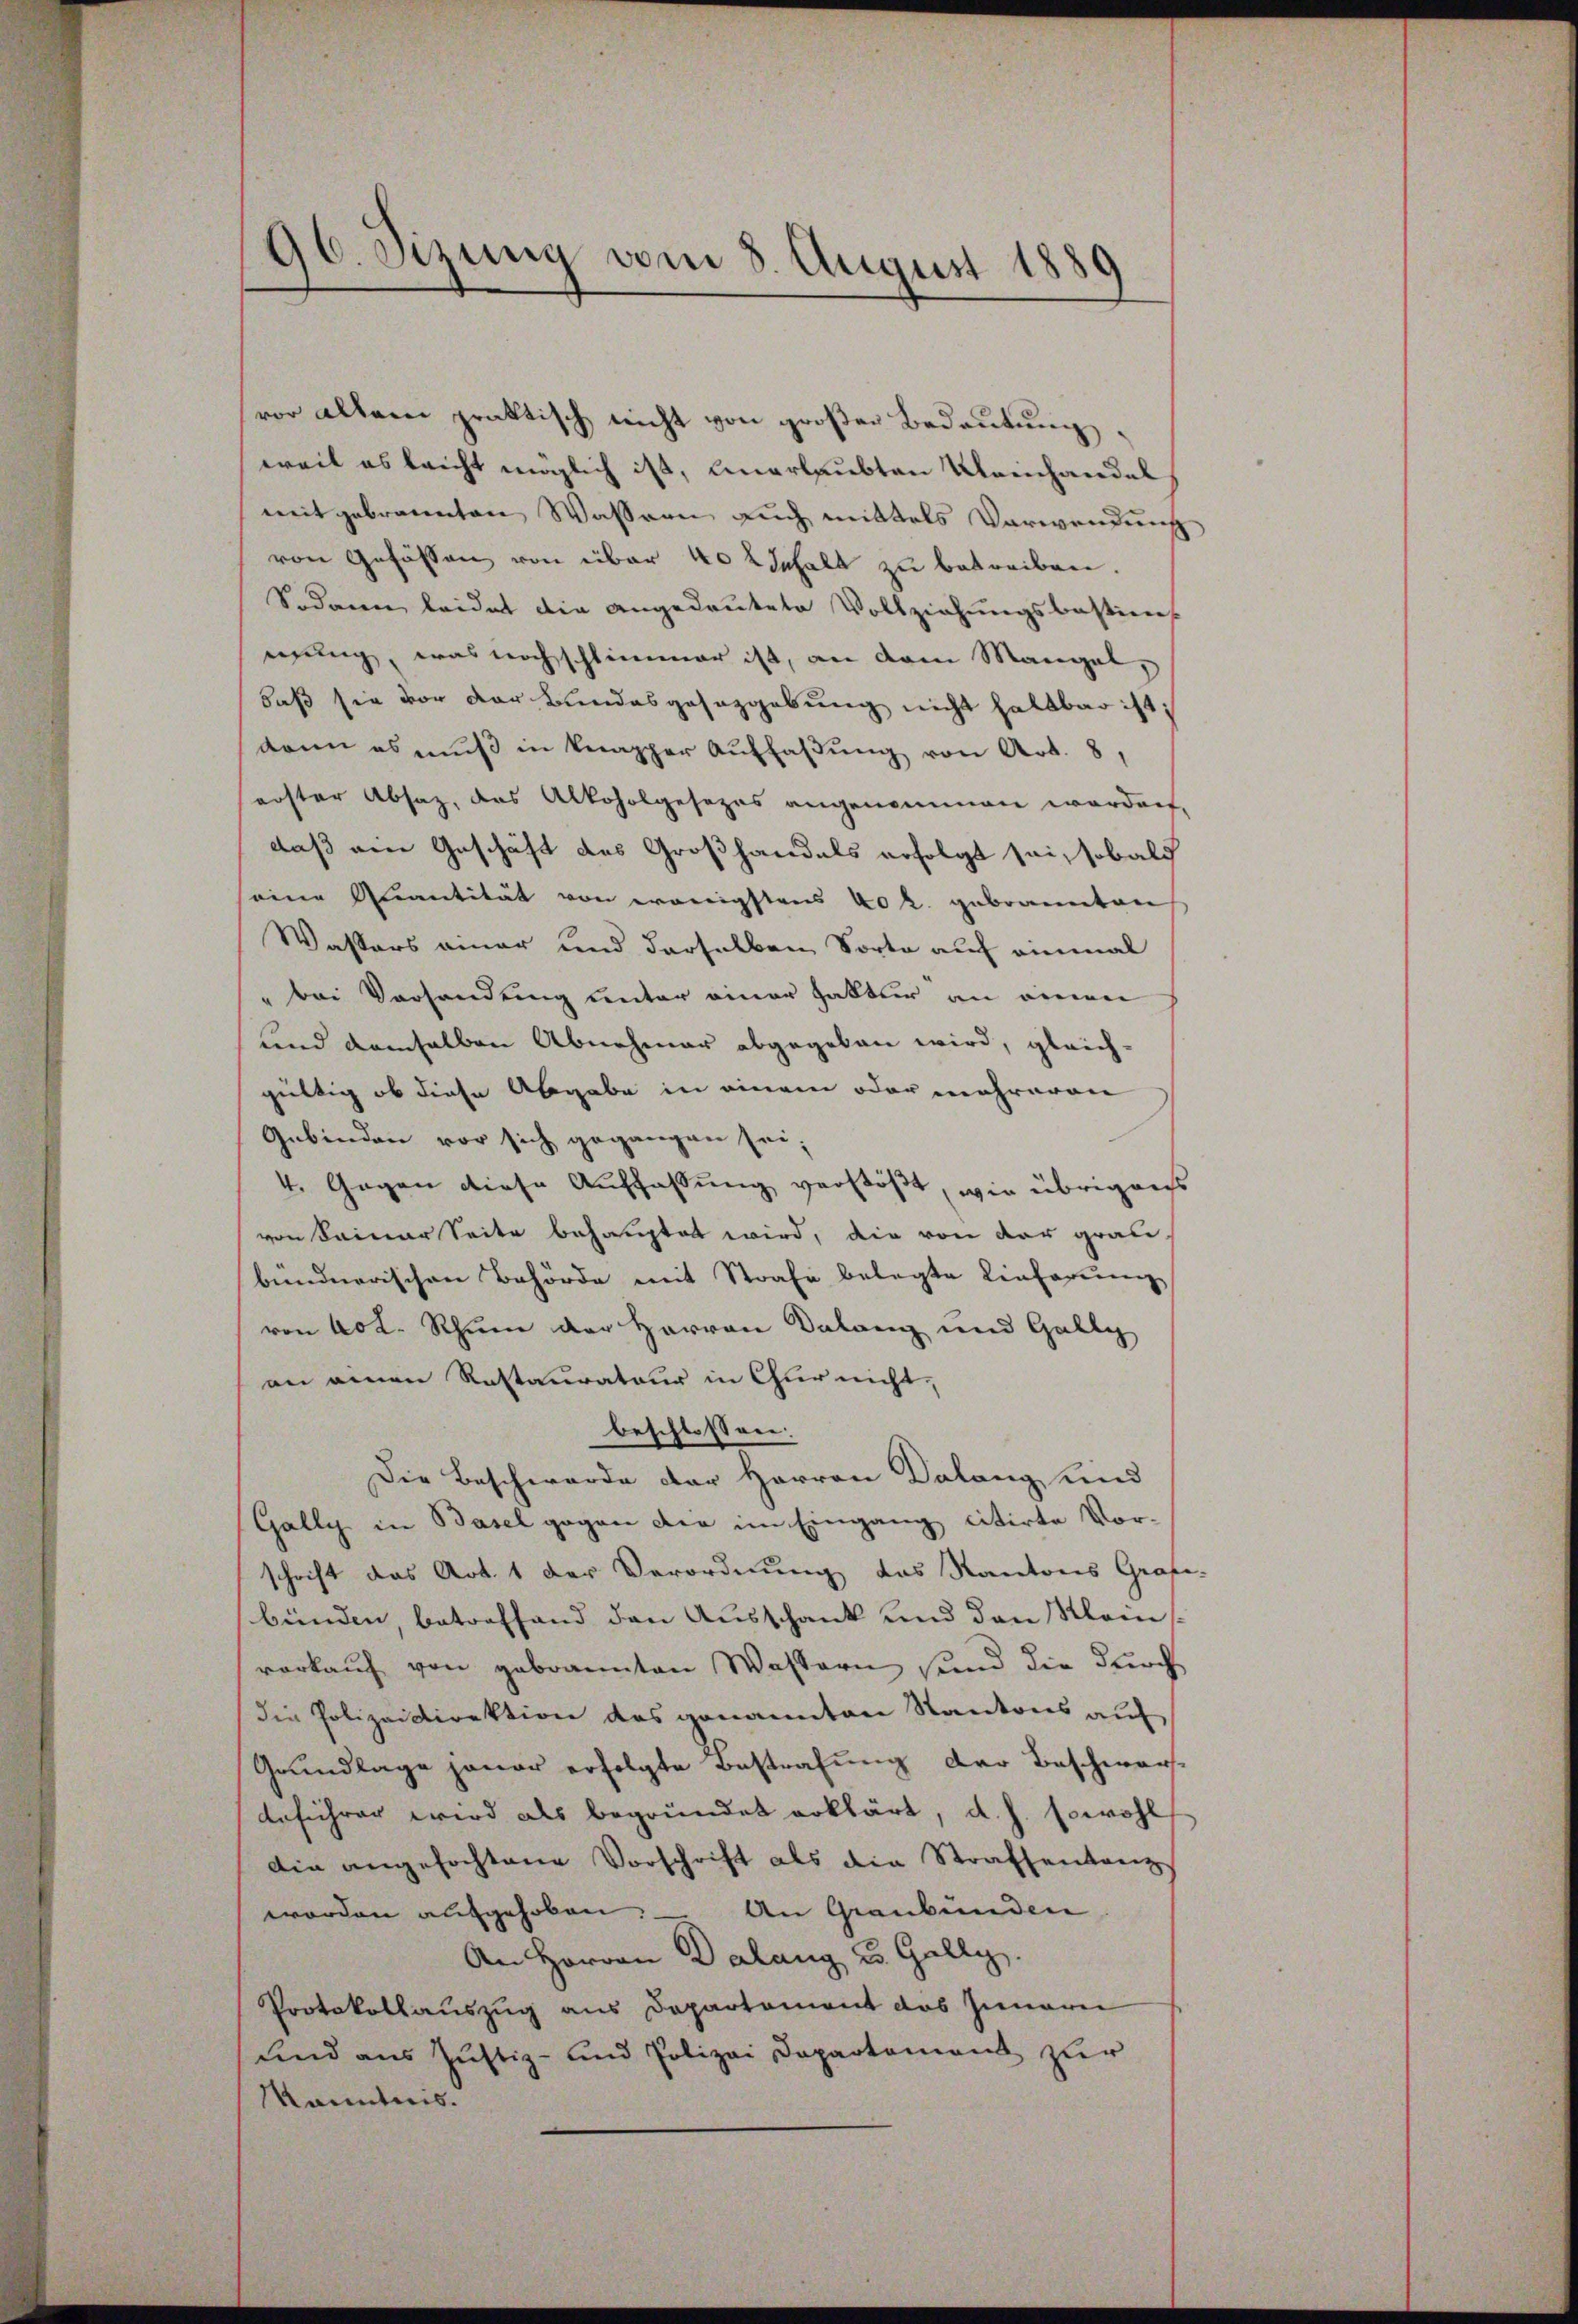
96. Sizung vom 8. August 1889

vor altern praktisch nicht von großer Bedeutungweil es leicht möglich ist, unerlaubten Ulaihandel
mitgebrannten Wassern auch mittels Verwendung
von Gefässen von über 40 2 Inhalt zu betreiben.
Sodann leidet die angedeutete Vollziehungsbastiens
nung, was noch schlimmer ist, an dem Mangel
daß sie vor der Bundesgesetzgebung nicht haltbar ist;
dann es muß in knapper Auffassŭng von Art. 8,
erster Absaz, das Alkoholgesezes angenommen worden,
daß ein Geschäft des Großhandels erfolgt sei, sobald
eine Quantität von eronigstens 40 l. gebrannten
Wassers einer und derselben Sorte auf einmal
" bei Versandung unter einer hatter an einen
und demselben Abnehmer abgegeben wird, gleich-
gültig ob diese Abgabe in einem oder mehreren
Gebinden vor sich gegangen sei;
4. Gegen diese Auffassung verstößt, wie übrigens
von Seiner Seite behauptet wird, die von der graubündnerischen Behörde mit Strafe belegte Einfarung
von Not. Schum der Herren Dolang und Gally
an einen Restaurateur in Chur nicht,
beschlossen:
Die Beschwerde der Herren Dalang und
Gally in Basel gegen die im Eingang citirte Vorschrift das Art. 1 der Verordnung das Kantons Graf
bünden betreffend den Ausschank und den Kleins
vorkauf von gebrannten Wassern sind die durch
die Polizeidirektion des genannten Kantons auf
Grundlage jener erfolgte Bestrafung der Beschwar¬
Anführer wird als begründet erklärt, d. h. sowohl
die angefochtene Vorschrift als die Strafsentanz
worden aufgehoben. – An Graubünden
An Herren Dalang u. Gally.
Protokollauszug aus Departement das Innern
und aus Justiz- und Polizei Departement zur
Kenntnis.